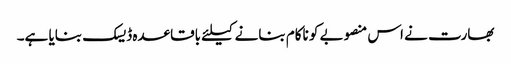
بھارت نے اس منصوبے کو ناکام بنانے کیلئے باقاعدہ ڈیسک بنایا ہے۔